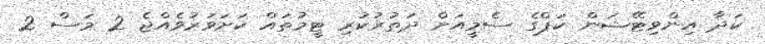
ކަދާ އިންވިޓޭޝަން ކަޕްގެ ސެމީއަށް ދަތުރުކުރި ޓީމުތައް ކަށަވަރުވެއްޖެ 2 މަސް 2